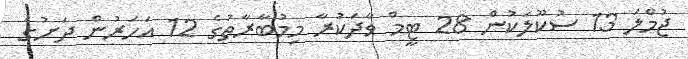
ޖުމްލަ 13 ސުކޫލަކުން 28 ޓީމް ވާދަކުރާ މިމުބާރާތުގެ 12 އަހަރުން ދަށުގެ